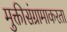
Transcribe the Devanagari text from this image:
मुक्तीसंग्रामाकरता